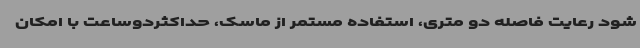
شود رعایت فاصله دو متری، استفاده مستمر از ماسک، حداکثردوساعت با امکان